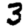
Digit: 3